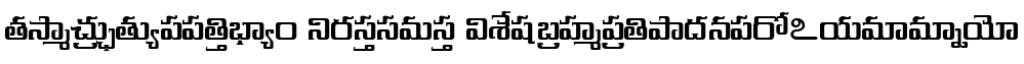
తస్మాచ్ఛ్రుత్యుపపత్తిభ్యాం నిరస్తసమస్త విశేషబ్రహ్మప్రతిపాదనపరోఽయమామ్నాయో